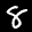
Label: 8